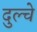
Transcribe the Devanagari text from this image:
दुल्चे